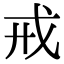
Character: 戒